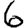
Digit: 6